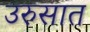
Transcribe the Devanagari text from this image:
उरुसात